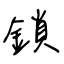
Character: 鎖